Calcutta medical institutions reports 1892-1900
Year: 1892
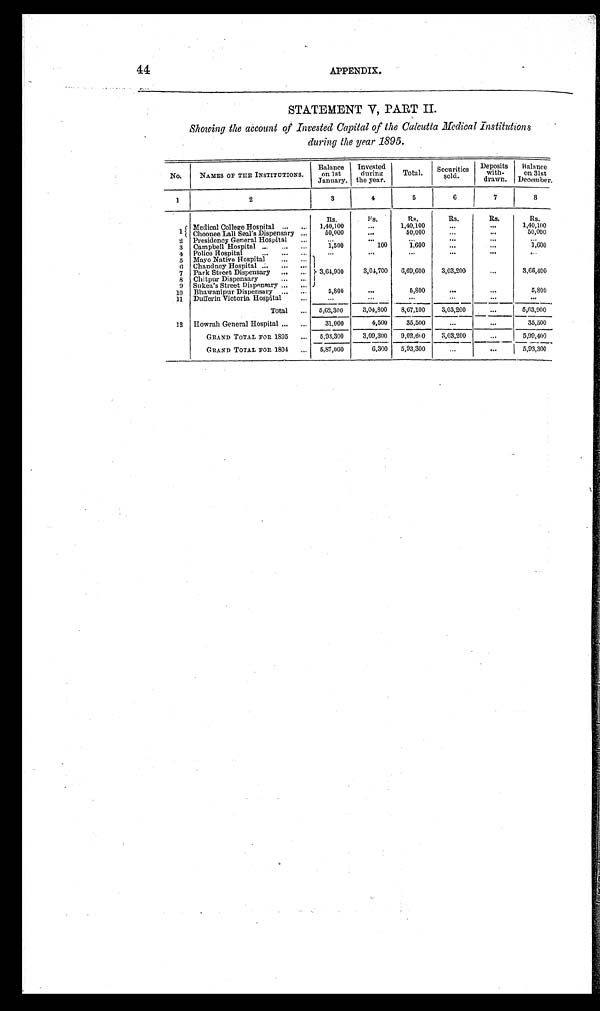
44
APPENDIX.
STATEMENT V, PART II.
Showing the account of Invested Capital of the Calcutta Medical institutions
during the year 1895.
No.
NAMES OF THE INSTITUTIONS.
Balance
on 1st
January.
Invested
during
the year.
Total.
Securities
sold.
Deposits
with-
drawn.
Balance
on 31st
December.
1
2
3
4
5
6
7
8
1
Rs.
Rs.
Rs.
Rs.
R s .
Rs.
Medical College Hospital . . . 1,40,100
. . .
1,40,100
. . .
. . . 1,40,100
Choonee Lal
l Seal's Dispensary . . .
50,000
. . .
50,000
. . .
. . . 50,000
2 Presidency General Hospital . . .
. . .
. . .
. . .
. . .
. . .
. . .
3 Campbell Hospital . . .
1,500
100
1,600
. . .
. . .
1,600
4 Police Hospital . . .
. . .
. . .
. . .
. . .
. . .
. . .
5 Mayo Native Hospital . . .
3,64,900
3,04,700
6,69,600
3,03,200
. . . 3,66,400
6 Chandney Hospital . . .
7 Park Street Dispensary . . .
8 Chitpur Dispensary . . .
9 Sukea's Street Dispensary . . .
10 Bhawanipur Dispensary . . .
5,800
. . .
5,800
. . .
. . .
5,800
1 1 Dufferin Victoria Hospital . . .
. . .
. . .
. . .
. . .
. . .
. . .
Total . . . 5,62,300
3,04,800
8,67,100
3,03,200
. . . 5,63,900
12 Howrah General Hospital . . .
31,000
4,500
35,500
. . .
. . . 35,500
GRAND TOTAL FOR 1895 . . . 5,93,300
3,09,300
9,02,600
3,03,200
. . . 5,99,400
GRAND TOTAL FOR 1894 . . .
5,87,000
6,300 5,93,300
. . .
. . . 5,93,300